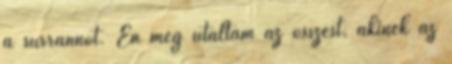
a surrannót. Én meg utáltam az összest, akinek az